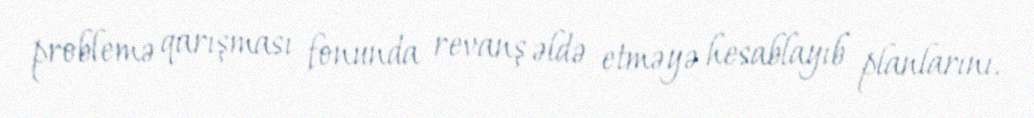
problemə qarışması fonunda revanş əldə etməyə hesablayıb planlarını.